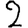
Digit: 2